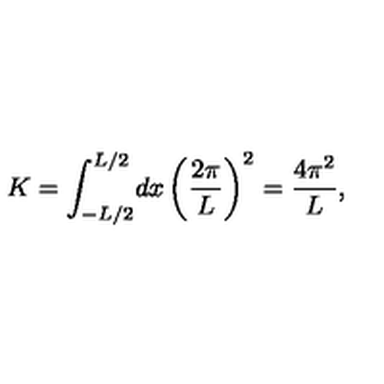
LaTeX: K = \int _ { - L / 2 } ^ { L / 2 } \! d x \left( \frac { 2 \pi } { L } \right) ^ { 2 } = \frac { 4 \pi ^ { 2 } } L ,